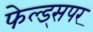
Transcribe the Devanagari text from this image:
फेल्ड्सपर